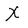
Character: X